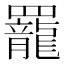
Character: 𫅍